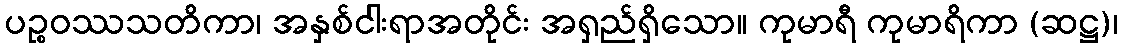
ပဉ္စဝဿသတိကာ၊ အနှစ်ငါးရာအတိုင်း အရှည်ရှိသော။ ကုမာရီ ကုမာရိကာ (ဆဋ္ဌ)၊